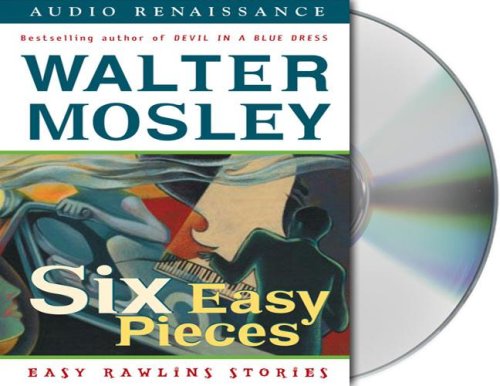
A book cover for Six Easy Pieces: Easy Rawlins Stories (Easy Rawlins Mysteries); Walter Mosley; Mystery, Thriller & Suspense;